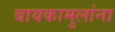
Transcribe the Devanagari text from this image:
बायकामुलांना